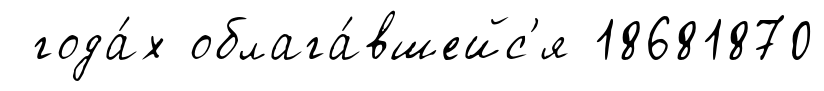
года́х облага́вшейс'я 18681870